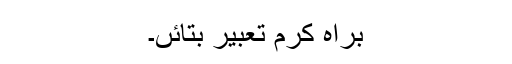
براہ کرم تعبیر بتائں۔